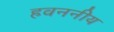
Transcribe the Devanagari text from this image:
हवननीय